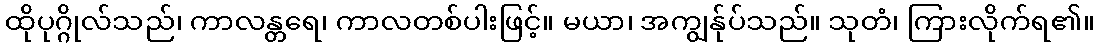
ထိုပုဂ္ဂိုလ်သည်၊ ကာလန္တရေ၊ ကာလတစ်ပါးဖြင့်။ မယာ၊ အကျွန်ုပ်သည်။ သုတံ၊ ကြားလိုက်ရ၏။